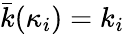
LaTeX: \bar{k}(\kappa_{i})=k_{i}